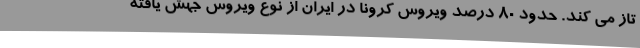
تاز می کند. حدود ۸۰ درصد ویروس کرونا در ایران از نوع ویروس جهش یافته